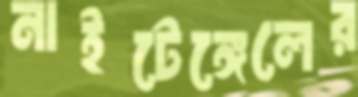
নাইটেঙ্গেলের